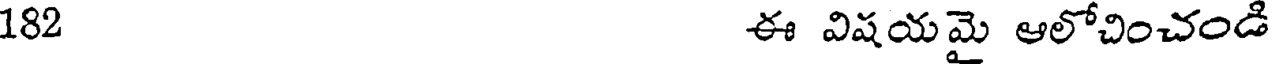
182 ఈ విషయమై ఆలోచించండి